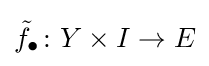
{\tilde {f}}_{\bullet }\colon Y\times I\to E